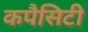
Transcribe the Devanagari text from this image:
कपैसिटी